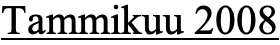
Tammikuu 2008